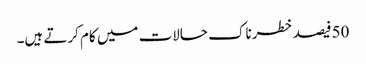
50فیصد خطرناک حالات میں کام کرتے ہیں۔